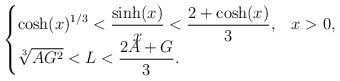
LaTeX: \begin{align*}\begin{cases}\displaystyle \cosh(x)^{1/3}<\frac{\sinh(x)}{x}<\frac{2+\cosh(x)}{3}, & x>0,\\\sqrt[3]{AG^2}<L<\displaystyle\frac{2A+G}{3}.\end{cases}\end{align*}